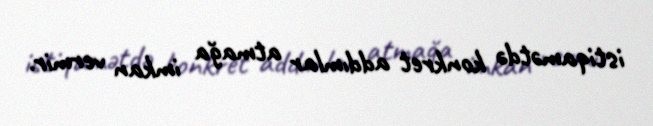
istiqamətdə konkret addımlar atmağa imkan vermir.